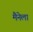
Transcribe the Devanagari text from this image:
मैनेला